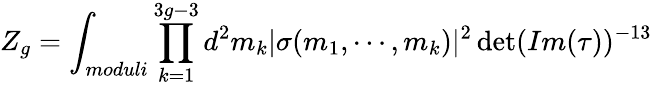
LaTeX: Z_{g}=\int_{moduli}\prod_{k=1}^{3g-3}d^{2}m_{k}|\sigma(m_{1},\cdots,m_{k})|^{2}\operatorname*{det}(Im(\tau))^{-13}